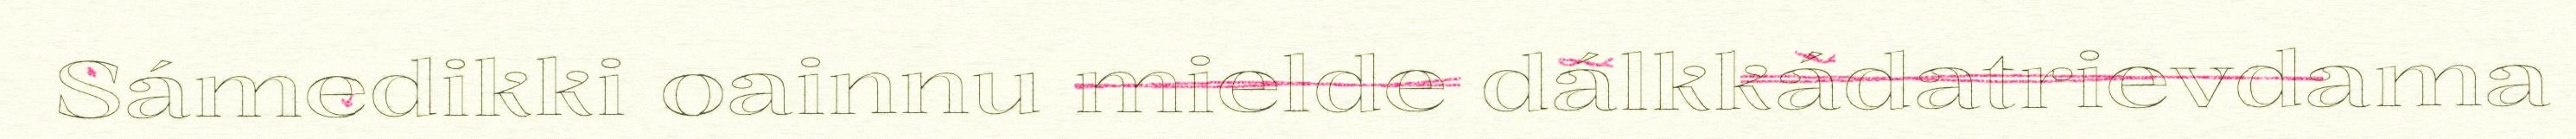
Sámedikki oainnu mielde dálkkádatrievdama